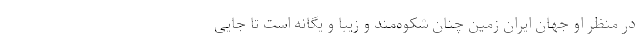
در منظر او جهان ایران زمین چنان شکوه‌مند و زیبا و یگانه است تا جایی